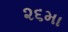
૨૬મા